Civil Veterinary Department. Central Provinces & Berar 1932-41 - 1932-1941
Year: 1932
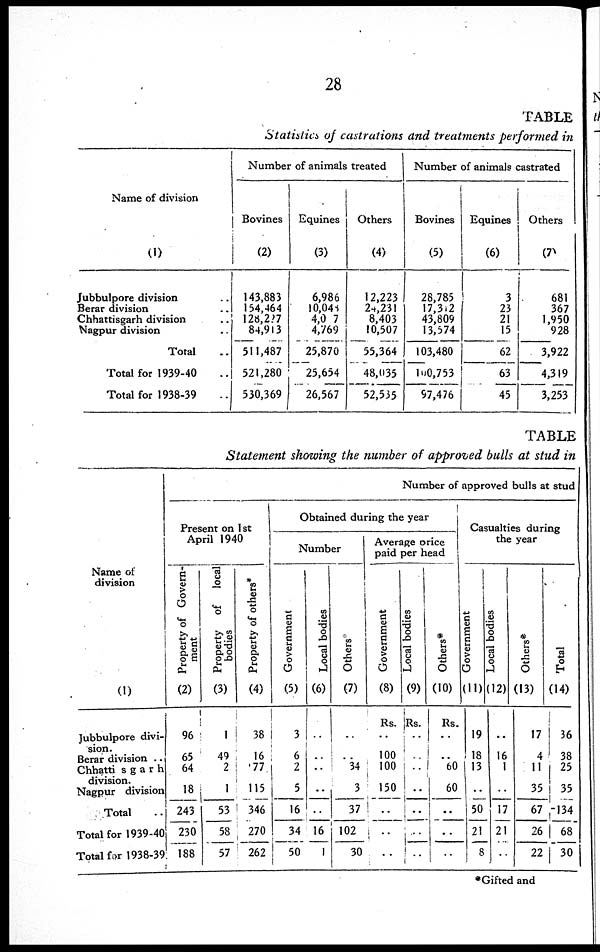
28
TABLE
Statisties of castrations and treatments performed in
Name of division
(1)
Jubbulpore division ..
Berar division ..
Chhattisgarh division ..
Nagpur division ..
Total ..
Total for 1939-40 ..
Total for 1938-39 ..
Number of animals treated
Bovines
(2)
143,883
154,464
128,227
84,913
511,487
521,280
530,369
Equines
(3)
6,986
10,041
4,0 7
4,769
25,870
25,654
26,567
Others
(4)
12,223
24,231
8,403
10,507
55,364
48,035
52,535
Number of animals castrated
Bovines
(5)
28,785
17,312
43,809
13,574
103,480
100,753
97,476
Equines
(6)
3
23
21
15
62
63
45
Others
(7)
681
367
1,950
928
3,922
4,319
3,253
TABLE
Statement showing the number of approved bulls at stud in
Name of
division
(1)
Jubbulpore divi-
sion.
Berar division ..
Chhattisgarh
division.
Nagpur division
Total ..
Total for 1939-40
Total for 1938-39
Number of approved bulls at stud
Present on 1st
April 1940
Property of Govern-
ment
(2)
96
65
64
18
243
230
188
Property of
local
bodies
(3)
1
49
2
1
53
58
57
Property of others*
(4)
38
16
77
115
346
270
262
Obtained during the
year
Number
Government
(5)
3
6
2
5
16
34
50
Local bodies
(6)
..
..
..
..
..
16
1
Others
(7)
..
..
34
3
37
102
30
Average price
paid per head
Government
(8)
Rs.
..
100
100
150
..
..
..
Local bodies
(9)
Rs.
..
..
..
..
..
..
..
Others*
(10)
Rs.
..
..
60
60
..
..
..
Casualties during
the year
Government
(11)
19
18
13
..
50
21
8
Local bodies
(12)
..
16
1
..
17
21
..
Others*
(13)
17
4
11
35
67
26
22
Total
(14)
36
38
25
35
134
68
30
Gifted and